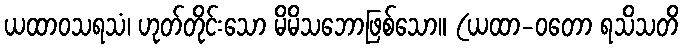
ယထာဝသရသံ၊ ဟုတ်တိုင်းသော မိမိသဘောဖြစ်သော။ (ယထာ-ဝတော ရသိသတိ